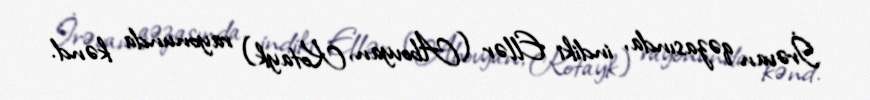
İrəvan qəzasında, indiki Ellər (Abovyan, Kotayk) rayonunda kənd.